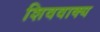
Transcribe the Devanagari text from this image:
शिववाक्य